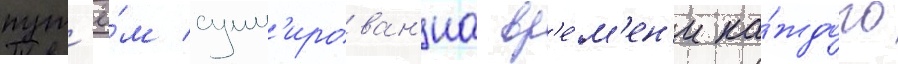
пут'ё́м сумм'ирован'иа вр'е́м'ен'и ка́ждого